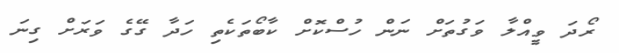
ރޯދަ ވީއްލާ ވަގުތަށް ނަން ހުސްކޮށް ކާބޯތަކެތި ހަދާ ގޭގެ ވަރަށް ގިނަ